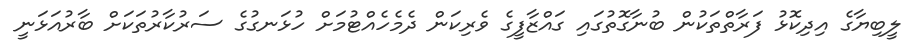
ލީބިޔާގެ އިދިކޮޅު ފަރާތްތަކުން ބުނާގޮތުގައި ގައްޒާފީގެ ވެރިކަން ދެމެހެއްޓުމަށް ހުޅަނގުގެ ސަރުކާރުތަކަށް ބާރުއަޅަނީ